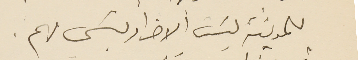
للمدينة ليسَت الاضرار بشى مهم.